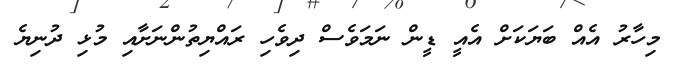
މިހާރު އެއް ބަޔަކަށް އެއީ ޑީން ނަމަވެސް ދިވެހި ރައްޔިތުންނަށާއި މުޅި ދުނިޔެ